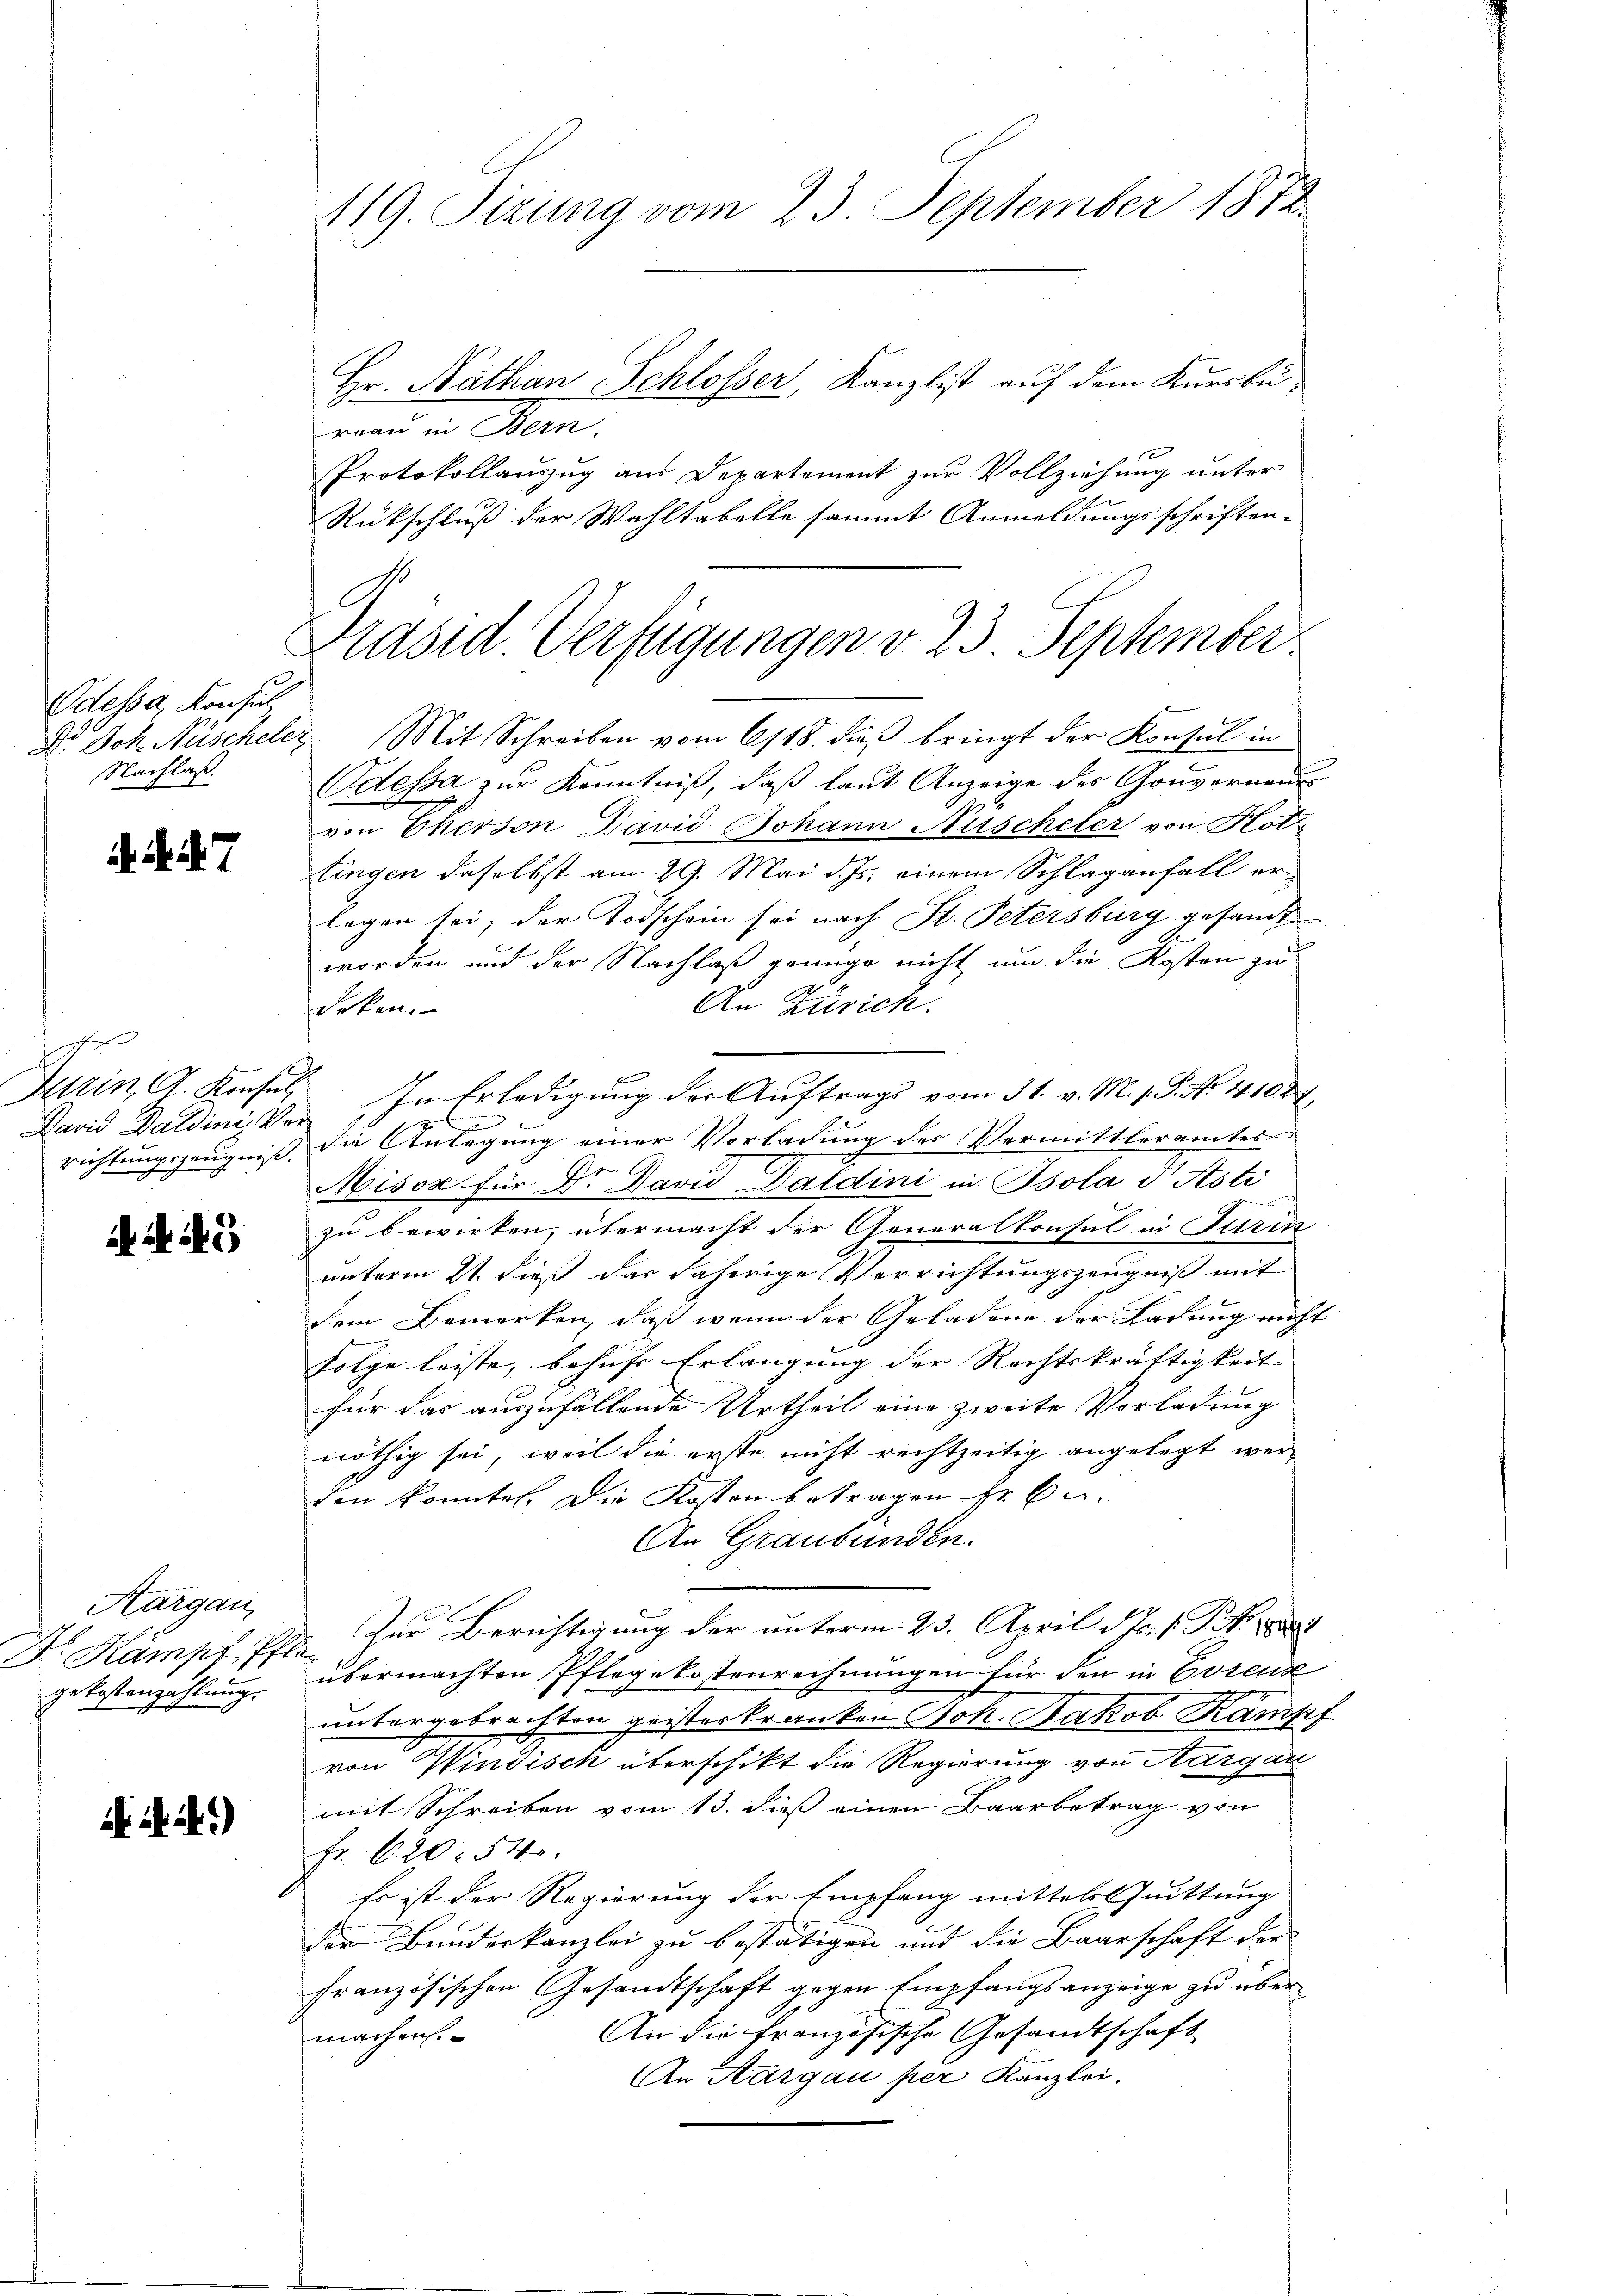
Odessa, Konsul
Nachlaß.

Pfef
David Daldini Ver¬

i . . 5

Kargau,
Dr. Kampt It
gekostenzahlung.

1 2)

119. Sizung vom 23. September 1872.

Hr. Nathan Schlosser, Kanzlist auf dem Kursbureau in Bein
1
Protokollauszug aus Departement zur Vollziehung unter
f
Rückschluß der Wahltabelle sammt Anmeldungsschriften-
Dr. Joh. Näscheler Mit Schreiben vom 6/18. dieß bringt der Konsul in
Odessa zur Kenntniß, daß laut Anzeige des Gouverneue
von Eherson David Johann Nischeter von Hotz
tingen daselbst am 29. Mai d. Js. einem Schlaganfall erlegen sei; der Todschein sei nach St. Petersburg gesandt
worden und der Nachlaß genüge nicht um die Kosten zu
An Zürich.
serten.
Turin, C. Konsul In Erledigung der Auftrags vom 31. v. M. v. P. Nr. 41088,
2
richtungszeugniß, die Anlegung einer Vorladung des Vermittleramtes
Misox für Dr. David Daldini in Bsola d Asti
zu bewirken, übermacht der Generalkonsul in Turin
unterm 21. dieß das daherige Verrichtungszeugniß mit
dem Bemerken, daß wenn der Geladene der Ladung nicht
Folge leiste, behufs Erlangung der Rechtskräftigkeit |
für das auszufällende Urtheil eine zweite Vorladung
nöthig sei, weil die erste nicht rechtzeitig angelegt werden konnte. Die Kosten betragen fr. 6.
An Graubünden.
x
Zur Berichtigung der unterm 23. April d. Js. v. J. 1884
fermachten Pflegekostenrechnungen für den in Eorenz
untergebrachten geisterkranken Joh. Jakob Kampf
von Windisch überschikt die Regierung von Aargau
mit Schreiben vom 13. dieß einen Baarbetrag von
Fr. 620. 54.
Es ist der Regierung der Empfang mittelsquittung
der Bundeskanzlei zu bestätigen und die Baarschaft der
französischen Gesandtschaft gegen Empfangsanzeige zu über¬
An die französische Gesandtschaft
machens.
An Aargau per Kanzlei.

Präsid. Verfügungen v. 23 September